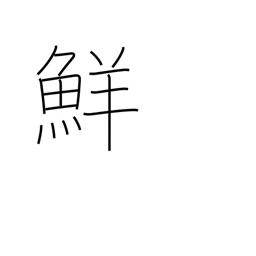
Meaning: fresh